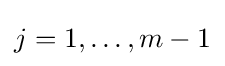
j=1,\dotsc ,m-1